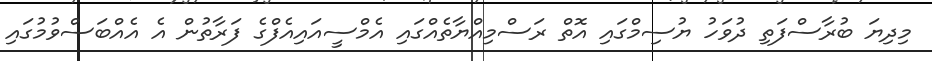
މިދިޔަ ބުރާސްފަތި ދުވަހު ޔުސިމްގައި އޮތް ރަސްމިއްޔާތެއްގައި އެމްސީއައިއެފްގެ ފަރާތުން އެ އެއްބަސްވުމުގައި